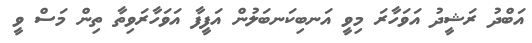
އަބްދު ރަޝީދު އަވަހާރަ މިވީ އަނބިކަނބަލުން އަފީފާ އަވަހާރަވިތާ ތިން މަސް ވީ